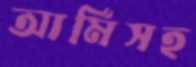
আর্মিসহ